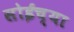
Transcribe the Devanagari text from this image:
सोईच्या